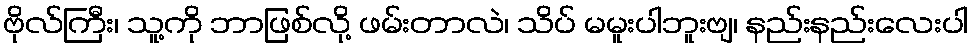
ဗိုလ်ကြီး၊ သူ့ကို ဘာဖြစ်လို့ ဖမ်းတာလဲ၊ သိပ် မမူးပါဘူးဗျ၊ နည်းနည်းလေးပါ